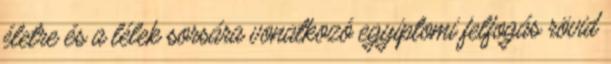
életre és a lélek sorsára vonatkozó egyiptomi felfogás rövid